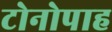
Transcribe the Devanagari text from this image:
टोनोपाह